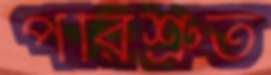
পরিশ্রুত